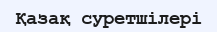
Қазақ суретшілері